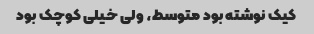
کیک نوشته بود متوسط، ولی خیلی کوچک بود